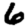
Digit: 6